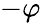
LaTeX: -\varphi